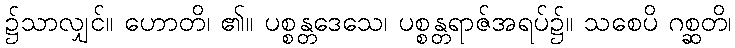
၌သာလျှင်။ ဟောတိ၊ ၏။ ပစ္စန္တဒေသေ၊ ပစ္စန္တရာဇ်အရပ်၌။ သစေပိ ဂစ္ဆတိ၊